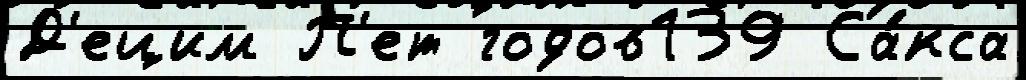
Д'ецим П'ет годов139 Са́кса